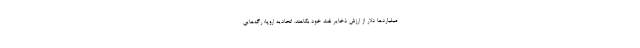
میلیاردها دلار از ارزش ذخایر نفت خود بکاهند. اتحادیه اروپا: رگه‌هایی